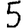
Digit: 5